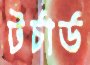
টর্চার্ড